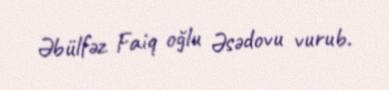
Əbülfəz Faiq oğlu Əsədovu vurub.